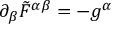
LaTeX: \partial _ { \beta } \tilde { F } ^ { \alpha \beta } = - g ^ { \alpha }